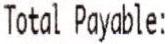
TOTAL PAYABLE: